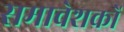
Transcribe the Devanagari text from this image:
समावेशकों